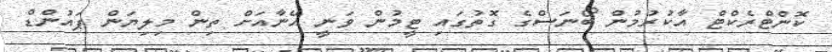
ކޮންޓްރެކްޓް އާކުރުމުން ބޯނަސްގެ ގޮތުގައި ޓީމުން ވަނީ އޭނާއަށް ތިން މިލިޔަން ޕައުންޑް